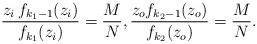
LaTeX: \begin{align*}\frac{z_i\,f_{k_1-1}(z_i)}{f_{k_1}(z_i)}= \frac{M}{N}, \frac{z_o f_{k_2-1}(z_o)}{f_{k_2}(z_o)}=\frac{M}{N}.\end{align*}